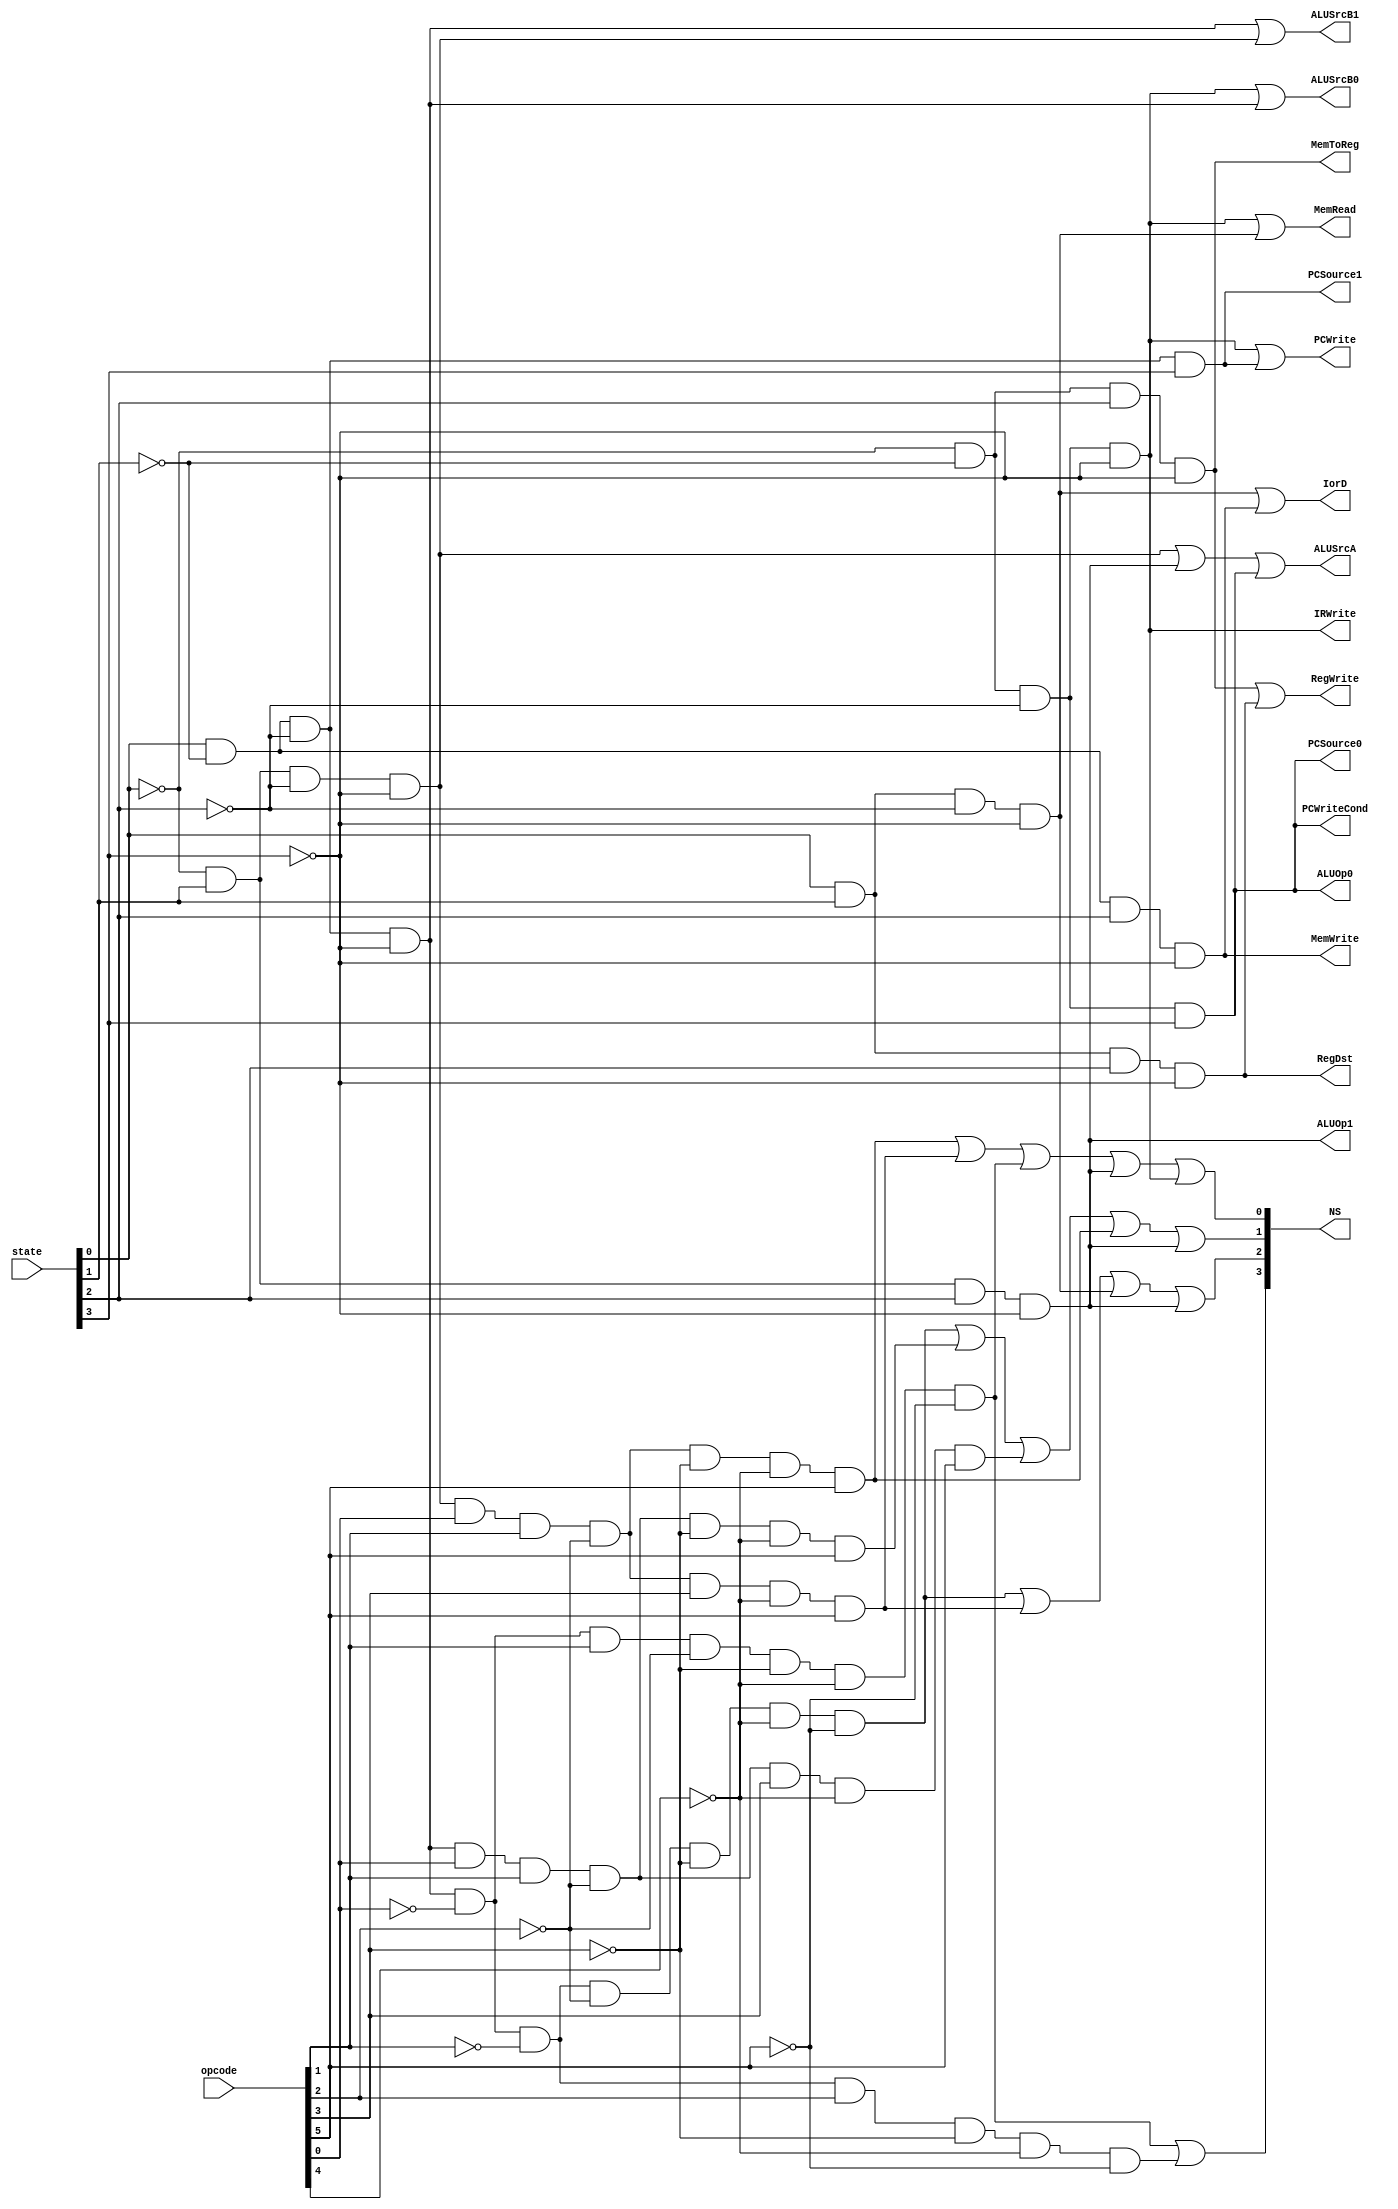
module MultiCycle_Control(opcode, state, PCWrite, PCWriteCond, IorD, MemRead, MemWrite, IRWrite, MemToReg, PCSource1, PCSource0, ALUOp1, ALUOp0, ALUSrcB1, ALUSrcB0, ALUSrcA, RegWrite, RegDst, NS);
    input [5:0] opcode;
	input [3:0] state;
	output PCWrite, PCWriteCond, IorD, MemRead, MemWrite, IRWrite, MemToReg, PCSource1, PCSource0, ALUOp1, ALUOp0, ALUSrcB1, ALUSrcB0, ALUSrcA, RegWrite, RegDst;
	output [3:0] NS;

    wire [16:0] ands;
		
	assign ands[0] = ((~state[0]) & (~state[1]) & (~state[2]) & (~state[3]) );
	assign ands[1] = ((state[0]) & (~state[1]) & (~state[2]) & (~state[3]) );
	assign ands[2] = ((~state[0]) & (state[1]) & (~state[2]) & (~state[3]) );
	assign ands[3] = ((state[0]) & (state[1]) & (~state[2]) & (~state[3]) );
	assign ands[4] = ((~state[0]) & (~state[1]) & (state[2]) & (~state[3]) );
	assign ands[5] = ((state[0]) & (~state[1]) & (state[2]) & (~state[3]) );
	assign ands[6] = ((~state[0]) & (state[1]) & (state[2]) & (~state[3]) );
	assign ands[7] = ((state[0]) & (state[1]) & (state[2]) & (~state[3]) );
	assign ands[8] = ((~state[0]) & (~state[1]) & (~state[2]) & (state[3]) );
	assign ands[9] = ((state[0]) & (~state[1]) & (~state[2]) & (state[3]) );
	assign ands[10] = ((state[0]) & (~state[1]) & (~state[2]) & (~state[3]) & (~opcode[0]) & (opcode[1]) & (~opcode[2]) & (~opcode[3]) & (~opcode[4]) & (~opcode[5]) );
	assign ands[11] = ((state[0]) & (~state[1]) & (~state[2]) & (~state[3]) & (~opcode[0]) & (~opcode[1]) & (opcode[2]) & (~opcode[3]) & (~opcode[4]) & (~opcode[5]) );
	assign ands[12] = ((state[0]) & (~state[1]) & (~state[2]) & (~state[3]) & (~opcode[0]) & (~opcode[1]) & (~opcode[2]) & (~opcode[3]) & (~opcode[4]) & (~opcode[5]) );
	assign ands[13] = ((~state[0]) & (state[1]) & (~state[2]) & (~state[3]) & (opcode[0]) & (opcode[1]) & (~opcode[2]) & (opcode[3]) & (~opcode[4]) & (opcode[5]) );
	assign ands[14] = ((state[0]) & (~state[1]) & (~state[2]) & (~state[3]) & (opcode[0]) & (opcode[1]) & (~opcode[2]) & (~opcode[3]) & (~opcode[4]) & (opcode[5]) );
	assign ands[15] = ((state[0]) & (~state[1]) & (~state[2]) & (~state[3]) & (opcode[0]) & (opcode[1]) & (~opcode[2]) & (opcode[3]) & (~opcode[4]) & (opcode[5]) );
	assign ands[16] = ((~state[0]) & (state[1]) & (~state[2]) & (~state[3]) & (opcode[0]) & (opcode[1]) & (~opcode[2]) & (~opcode[3]) & (~opcode[4]) & (opcode[5]) );
	
	assign PCWrite = ands[0] | ands[9];
	assign PCWriteCond = ands[8];
	assign IorD = ands[3] | ands[5];
	assign MemRead = ands[0] | ands[3];
	assign MemWrite = ands[5];
	assign IRWrite = ands[0];
	assign MemToReg = ands[4];
	assign PCSource1 = ands[9] ;
	assign PCSource0 = ands[8];
	assign ALUOp1 = ands[6];
	assign ALUOp0 = ands[8];
	assign ALUSrcB1 = ands[1] | ands[2];
	assign ALUSrcB0 = ands[0] | ands[1]; 
	assign ALUSrcA = ands[2] | ands[6] | ands[8] ;
	assign RegWrite = ands[4] | ands[7] ;
	assign RegDst = ands[7] ;
	
	assign NS[3] = ands[10] | ands[11] ;
	assign NS[2] = ands[12] | ands[13] | ands[3] | ands[6] ;
	assign NS[1] = ands[12] | ands[14] | ands[15] | ands[16] | ands[6] ;
	assign NS[0] = ands[16] | ands[13] | ands[10] | ands[6] | ands[0] ;
			
endmodule

module TestBench_MC;
    reg [5:0] opcode;
	reg [3:0] state;
	wire PCWrite, PCWriteCond, IorD, MemRead, MemWrite, IRWrite, MemToReg, PCSource1, PCSource0, ALUOp1, ALUOp0, ALUSrcB1, ALUSrcB0, ALUSrcA, RegWrite, RegDst;
	wire [3:0] NS;

    MultiCycle_Control MC(opcode, state, PCWrite, PCWriteCond, IorD, MemRead, MemWrite, IRWrite, MemToReg, PCSource1, PCSource0, ALUOp1, ALUOp0, ALUSrcB1, ALUSrcB0, ALUSrcA, RegWrite, RegDst, NS);

    initial begin
        $monitor("opcode: %b ",opcode,"state: %b ",state," PCWrite: %b ", PCWrite ,"PCWriteCond : %b ", PCWriteCond,"IorD: %b ", IorD," MemRead: %b ", MemRead," MemWrite: %b ", MemWrite," IRWrite: %b ", IRWrite," MemToReg: %b ", MemToReg," PCSource1: %b ", PCSource1," PCSource0: %b ", PCSource0," ALUOp1: %b ", ALUOp1," ALUOp0: %b", ALUOp0, " ALUSrcB1: %b ", ALUSrcB1," ALUSrcB0 : %b ", ALUSrcB0," ALUSrcA: %b ", ALUSrcA," RegWrite: %b ", RegWrite," RegDst: %b ", RegDst," NS: %b", NS );
        state = 4'b0000;
		#5 state = 4'b0001;
		#10 opcode = 6'b100011;  //6'h23;
		#15 state = 4'b0010;
        #20 state = 4'b0011;
        #25 state = 4'b0100;
        #30 $finish;
    end
endmodule